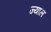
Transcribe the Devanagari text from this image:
ज्याल